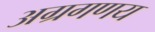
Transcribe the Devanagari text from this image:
अग्रगणय